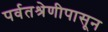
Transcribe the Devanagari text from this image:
पर्वतश्रेणीपासून